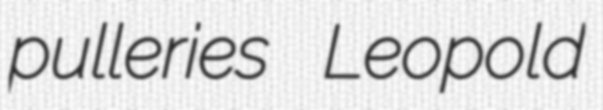
pulleries Leopold